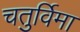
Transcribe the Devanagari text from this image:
चतुर्विमा